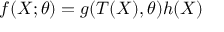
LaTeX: f ( X ; \theta ) = g ( T ( X ) , \theta ) h ( X )